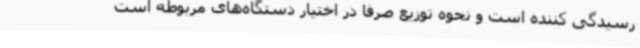
رسیدگی کننده است و نحوه توزیع صرفا در اختیار دستگاه‌های مربوطه است